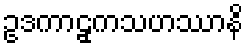
ဥဒကာဠှကသဟဿာနိ